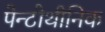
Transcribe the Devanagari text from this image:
पेन्टोथीनिक